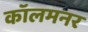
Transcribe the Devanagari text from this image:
कॉलमनर